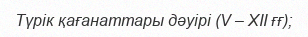
Түрік қағанаттары дәуірі (V – ХІІ ғғ);